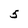
Character: 5